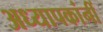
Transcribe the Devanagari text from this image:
अध्यापकांनीं